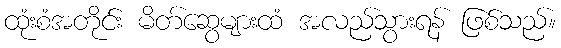
ထုံးစံအတိုင်း မိတ်ဆွေများထံ အလည်သွားရန် ဖြစ်သည်။